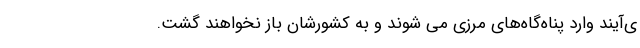
ی‌آیند وارد پناه‌گاه‌های مرزی می شوند و به کشورشان باز نخواهند گشت.